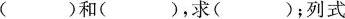
()和()，求( )；列式